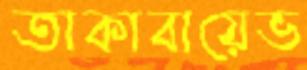
তাকাবায়েভ